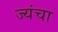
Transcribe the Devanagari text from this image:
ज्यंचा